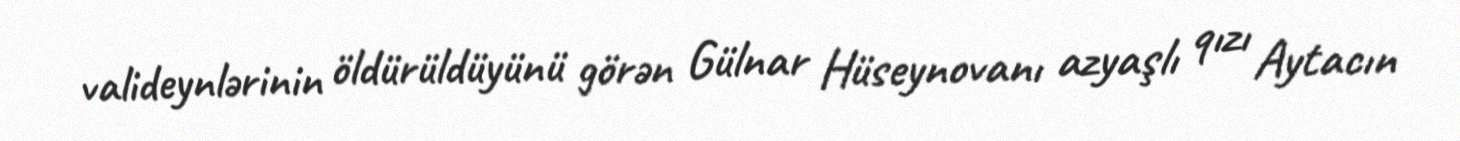
valideynlərinin öldürüldüyünü görən Gülnar Hüseynovanı azyaşlı qızı Aytacın